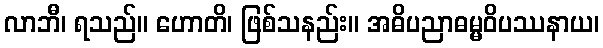
လာဘီ၊ ရသည်။ ဟောတိ၊ ဖြစ်သနည်း။ အဓိပညာဓမ္မဝိပဿနာယ၊